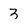
Character: 3